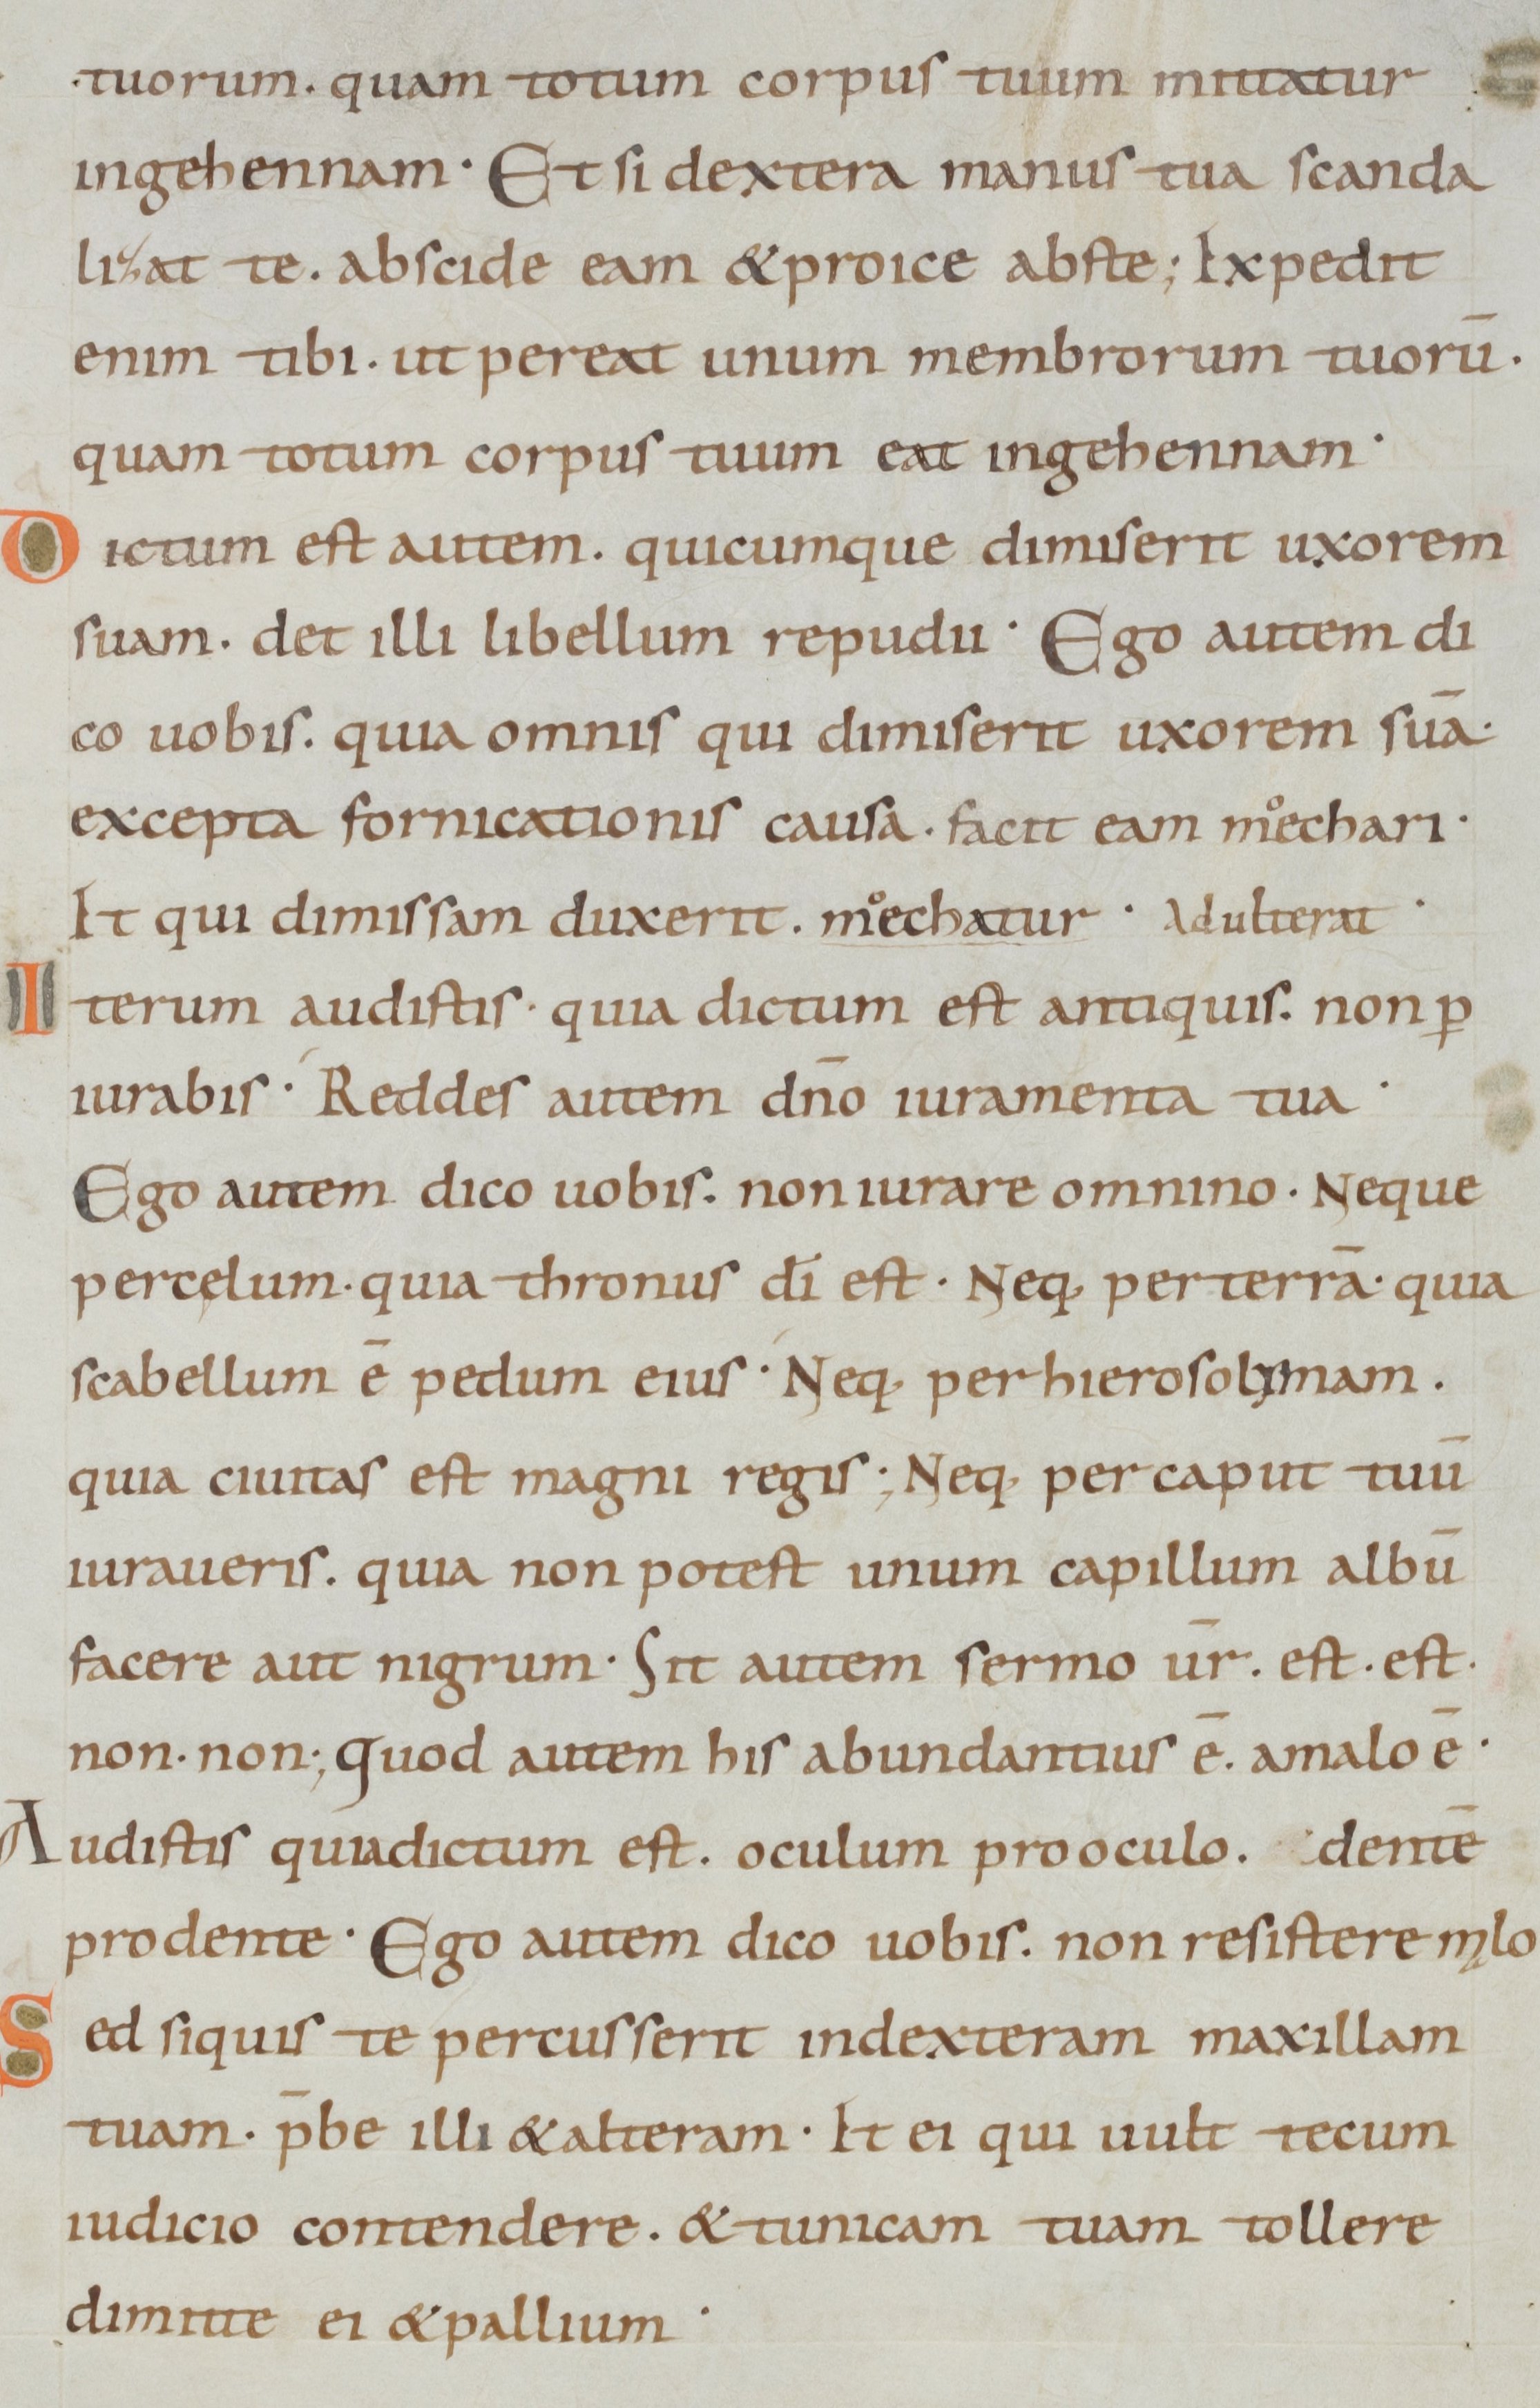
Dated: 885–950